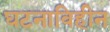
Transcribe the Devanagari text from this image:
घटनाविहीन